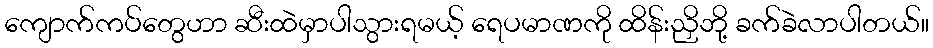
ကျောက်ကပ်တွေဟာ ဆီးထဲမှာပါသွားရမယ့် ရေပမာဏကို ထိန်းညှိဘို့ ခက်ခဲလာပါတယ်။